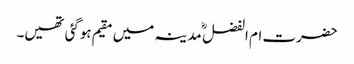
حضرت ام الفضل ؓ مدینہ میں مقیم ہوگئی تھیں۔